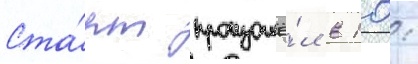
Ста́рт произошё́л в 10: